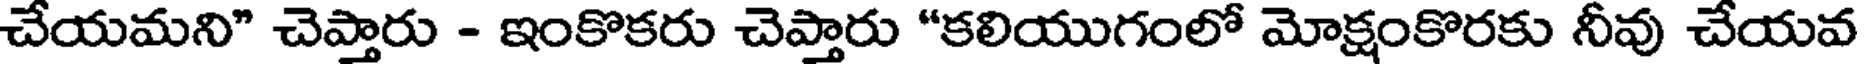
చేయమని" చెప్తారు - ఇంకొకరు చెప్తారు "కలియుగంలో మోక్షంకొరకు నీవు చేయవ